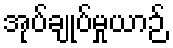
အုပ်ချုပ်မှုယာဉ်